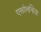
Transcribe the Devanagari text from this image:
एसोलझिया